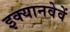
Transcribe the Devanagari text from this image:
इक्यानवेवें